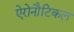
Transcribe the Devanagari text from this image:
ऐरोनौटिकल